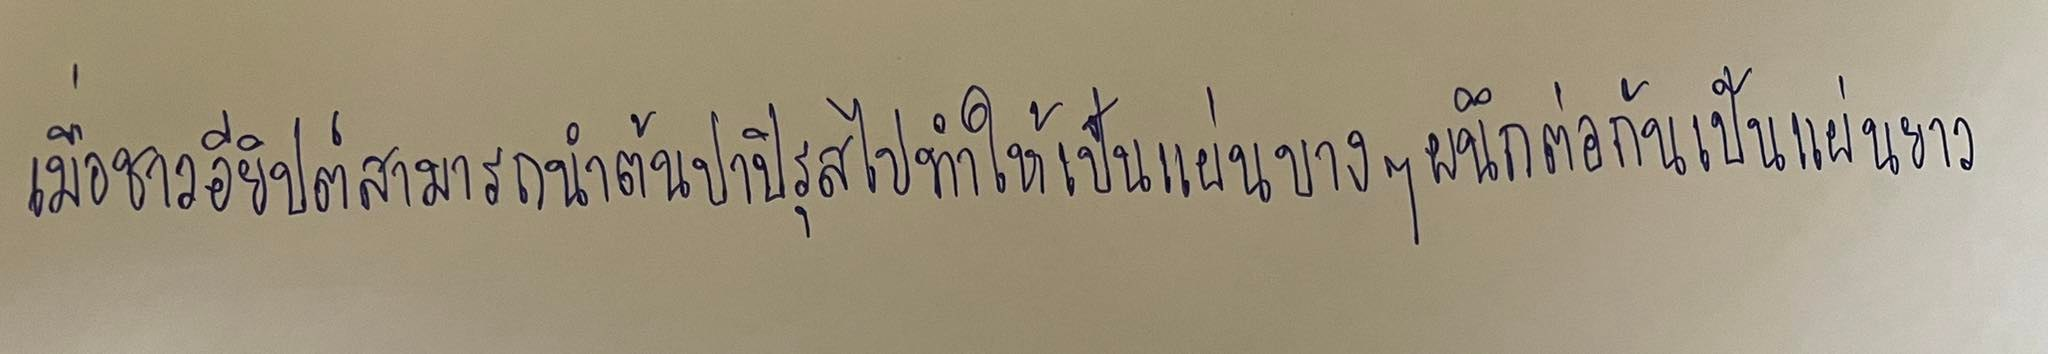
เมื่อชาวอียิปต์สามารถนำต้นปาปิรุสไปทำให้เป็นแผ่นบางๆผนึกต่อกันเป็นแผ่นยาว